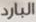
البارد